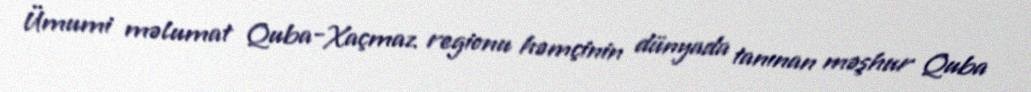
Ümumi məlumat Quba-Xaçmaz regionu həmçinin dünyada tanınan məşhur Quba